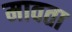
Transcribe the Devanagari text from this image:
मावता